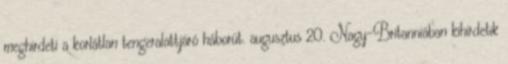
meghirdeti a korlátlan tengeralattjáró háborút. augusztus 20. Nagy-Britanniában kihirdetik